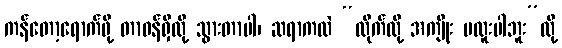
ကန်တော့ရောက်ဖို့ တာဝန်ရှိလို့ သွားတာပါ၊ ဆရာကလဲ “လိုက်လို့ အကျိုး မထူးပါဘူး”လို့